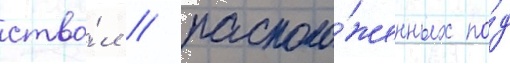
ство́л / располо́женных по́д